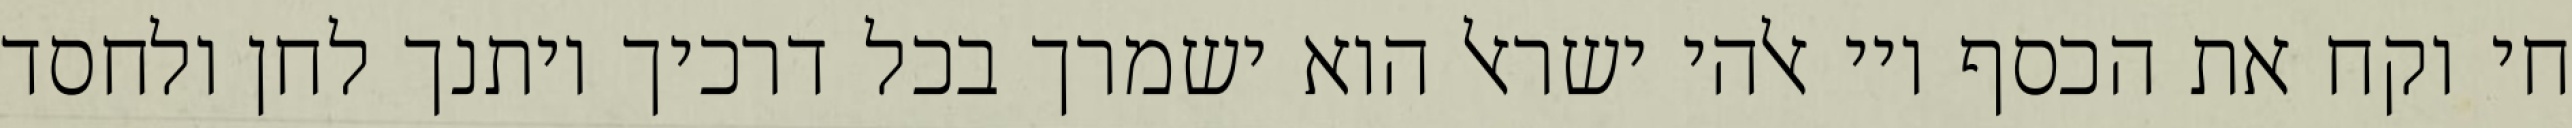
חי וקח את הכסף ויי אלהי ישראל הוא ישמרך בכל דרכיך ויתנך לחן ולחסד